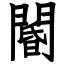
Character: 閽